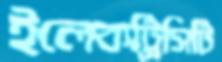
ইলেকট্রিসিটি